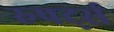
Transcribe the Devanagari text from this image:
रुपर्ट्स